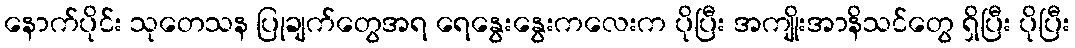
နောက်ပိုင်း သုတေသန ပြုချက်တွေအရ ရေနွေးနွေးကလေးက ပိုပြီး အကျိုးအာနိသင်တွေ ရှိပြီး ပိုပြီး